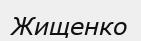
Жищенко